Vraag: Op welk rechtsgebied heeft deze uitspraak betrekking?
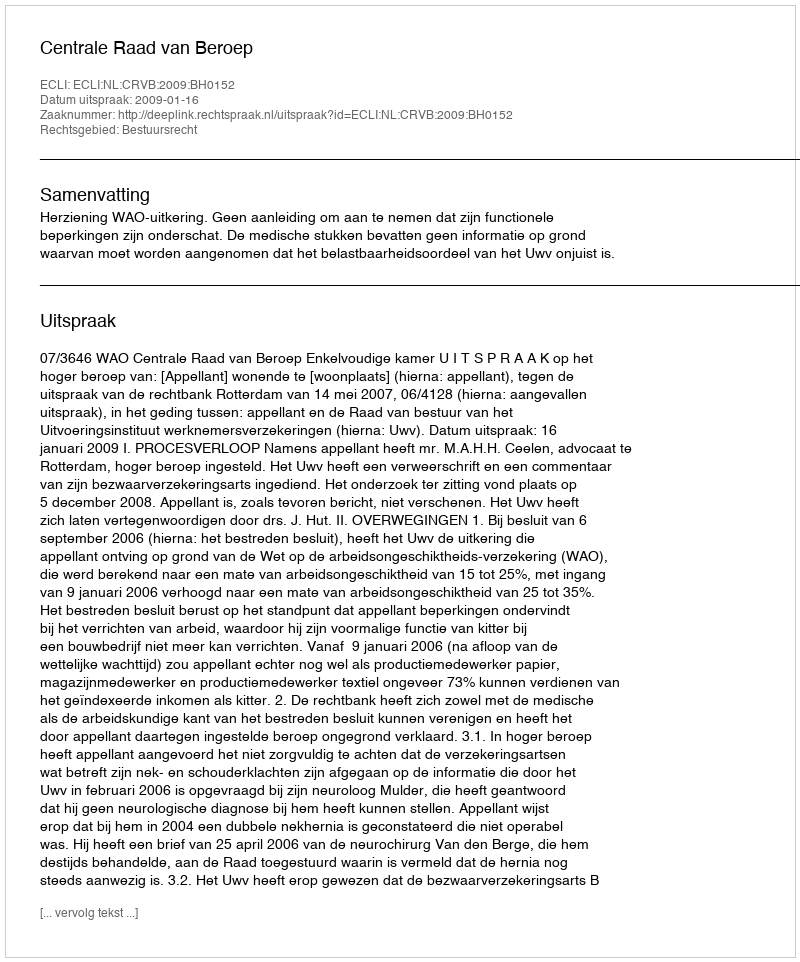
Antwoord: Bestuursrecht